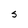
Character: S